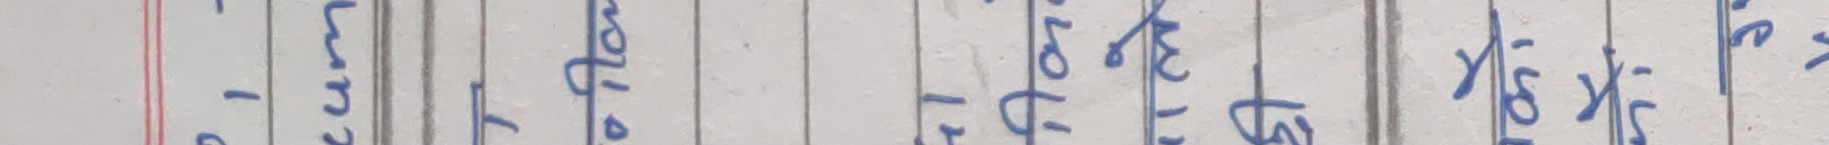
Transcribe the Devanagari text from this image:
लुगाहरु